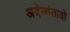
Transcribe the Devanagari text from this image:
अदेलांतादो